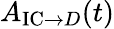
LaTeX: A_{\textrm{IC}\rightarrow D}(t)